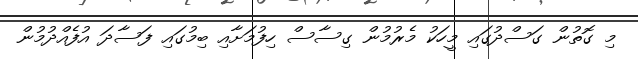
މި ގޮތުން ގަސްދުގައި މީހަކު މެރުމުން ގިސާސް ހިފުމަށާއި ބިމުގައި ފަސާދަ އުފެއްދުމުން